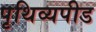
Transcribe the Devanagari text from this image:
पृथिव्यपीड